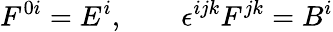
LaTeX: F^{0i}=E^{i},\qquad\epsilon^{ijk}F^{jk}=B^{i}